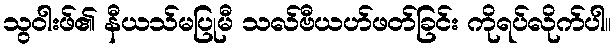
သွဝါးဖ်၏ နီယသ်မပြုမီ သလ်ဗီယဟ်ဖတ်ခြင်း ကိုရပ်လိုက်ပါ။